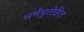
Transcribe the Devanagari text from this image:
धर्मपुरोहित